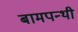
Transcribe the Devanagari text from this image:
बामपन्थी